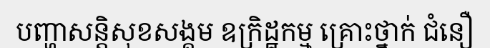
បញ្ហាសន្តិសុខសង្គម ឧក្រិដ្ឋកម្ម គ្រោះថ្នាក់ ជំនឿ